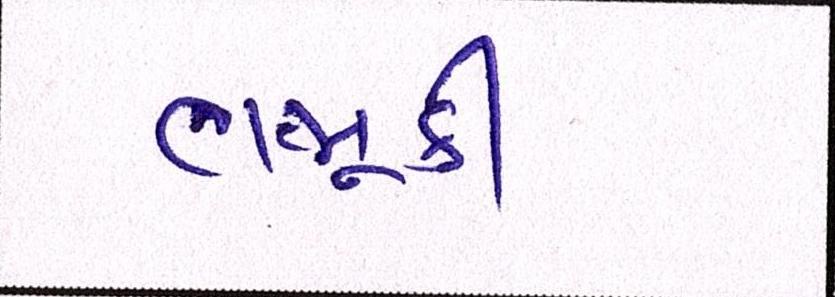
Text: ભભૂકી